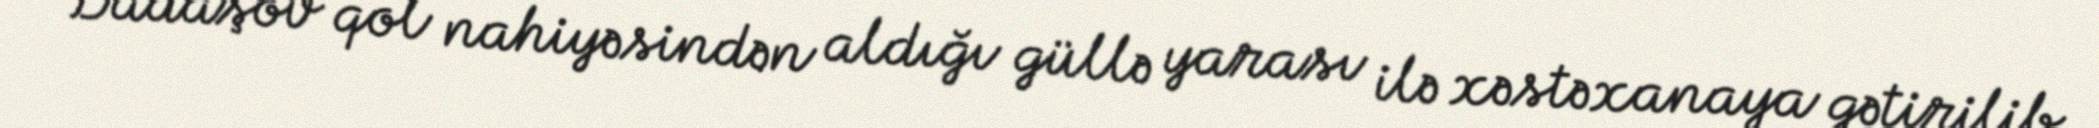
Dadaşov qol nahiyəsindən aldığı güllə yarası ilə xəstəxanaya gətirilib.